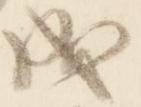
成